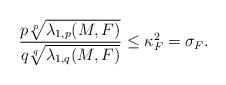
LaTeX: \begin{align*} \frac{p\sqrt[p]{\lambda_{1,p}(M,F)}}{q\sqrt[q]{\lambda_{1,q}(M,F)}} \leq \kappa_F^2= \sigma_F. \end{align*}